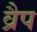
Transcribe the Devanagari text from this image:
व्रैप